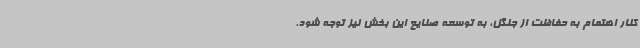
کنار اهتمام به حفاظت از جنگل، به توسعه صنایع این بخش نیز توجه شود.